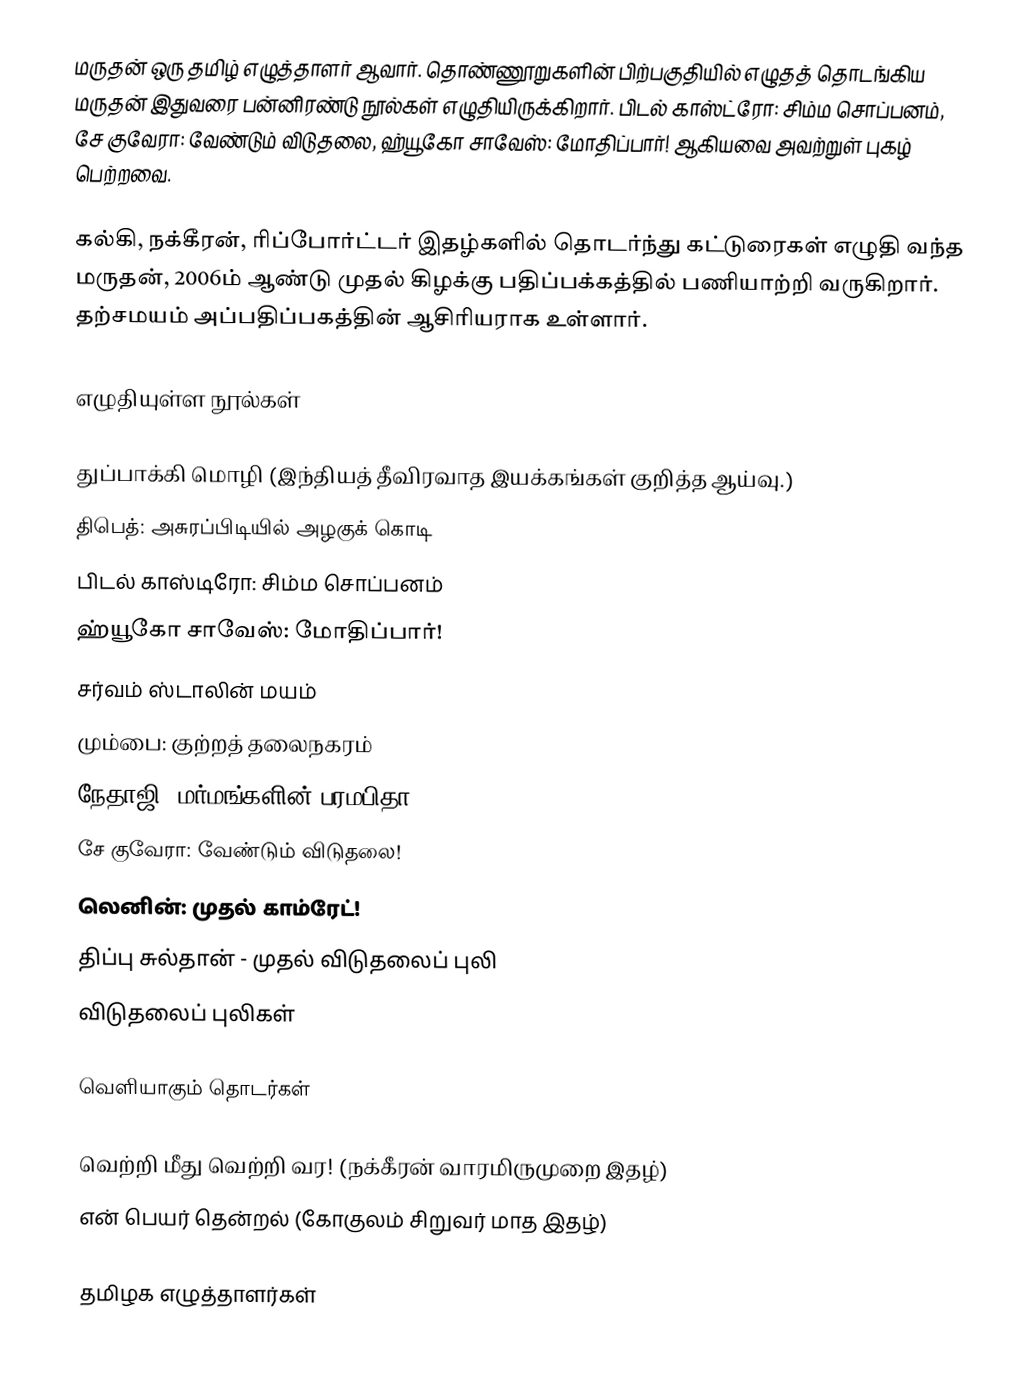
மருதன் ஒரு தமிழ் எழுத்தாளர் ஆவார். தொண்ணூறுகளின் பிற்பகுதியில் எழுதத் தொடங்கிய மருதன் இதுவரை பன்னிரண்டு நூல்கள் எழுதியிருக்கிறார். பிடல் காஸ்ட்ரோ: சிம்ம சொப்பனம், சே குவேரா: வேண்டும் விடுதலை, ஹ்யூகோ சாவேஸ்: மோதிப்பார்! ஆகியவை அவற்றுள் புகழ் பெற்றவை.

கல்கி, நக்கீரன், ரிப்போர்ட்டர் இதழ்களில் தொடர்ந்து கட்டுரைகள் எழுதி வந்த மருதன், 2006ம் ஆண்டு முதல் கிழக்கு பதிப்பக்கத்தில் பணியாற்றி வருகிறார். தற்சமயம் அப்பதிப்பகத்தின் ஆசிரியராக உள்ளார்.

எழுதியுள்ள நூல்கள்

துப்பாக்கி மொழி (இந்தியத் தீவிரவாத இயக்கங்கள் குறித்த ஆய்வு.)
திபெத்: அசுரப்பிடியில் அழகுக் கொடி
பிடல் காஸ்டிரோ: சிம்ம சொப்பனம்
ஹ்யூகோ சாவேஸ்: மோதிப்பார்!
சர்வம் ஸ்டாலின் மயம்
மும்பை: குற்றத் தலைநகரம்
நேதாஜி: மர்மங்களின் பரமபிதா
சே குவேரா: வேண்டும் விடுதலை!
லெனின்: முதல் காம்ரேட்!
திப்பு சுல்தான் - முதல் விடுதலைப் புலி
விடுதலைப் புலிகள்

வெளியாகும் தொடர்கள்

வெற்றி மீது வெற்றி வர! (நக்கீரன் வாரமிருமுறை இதழ்)
என் பெயர் தென்றல் (கோகுலம் சிறுவர் மாத இதழ்)

தமிழக எழுத்தாளர்கள்